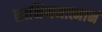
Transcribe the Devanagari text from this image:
साक्षिणमात्मानं